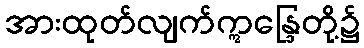
အားထုတ်လျက်ဣန္ဒြေတို့၌